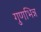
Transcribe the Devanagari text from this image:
गुणभिन्न